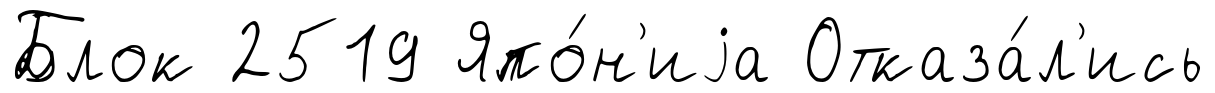
Блок 2519 Япо́н'иjа Отказа́л'ись